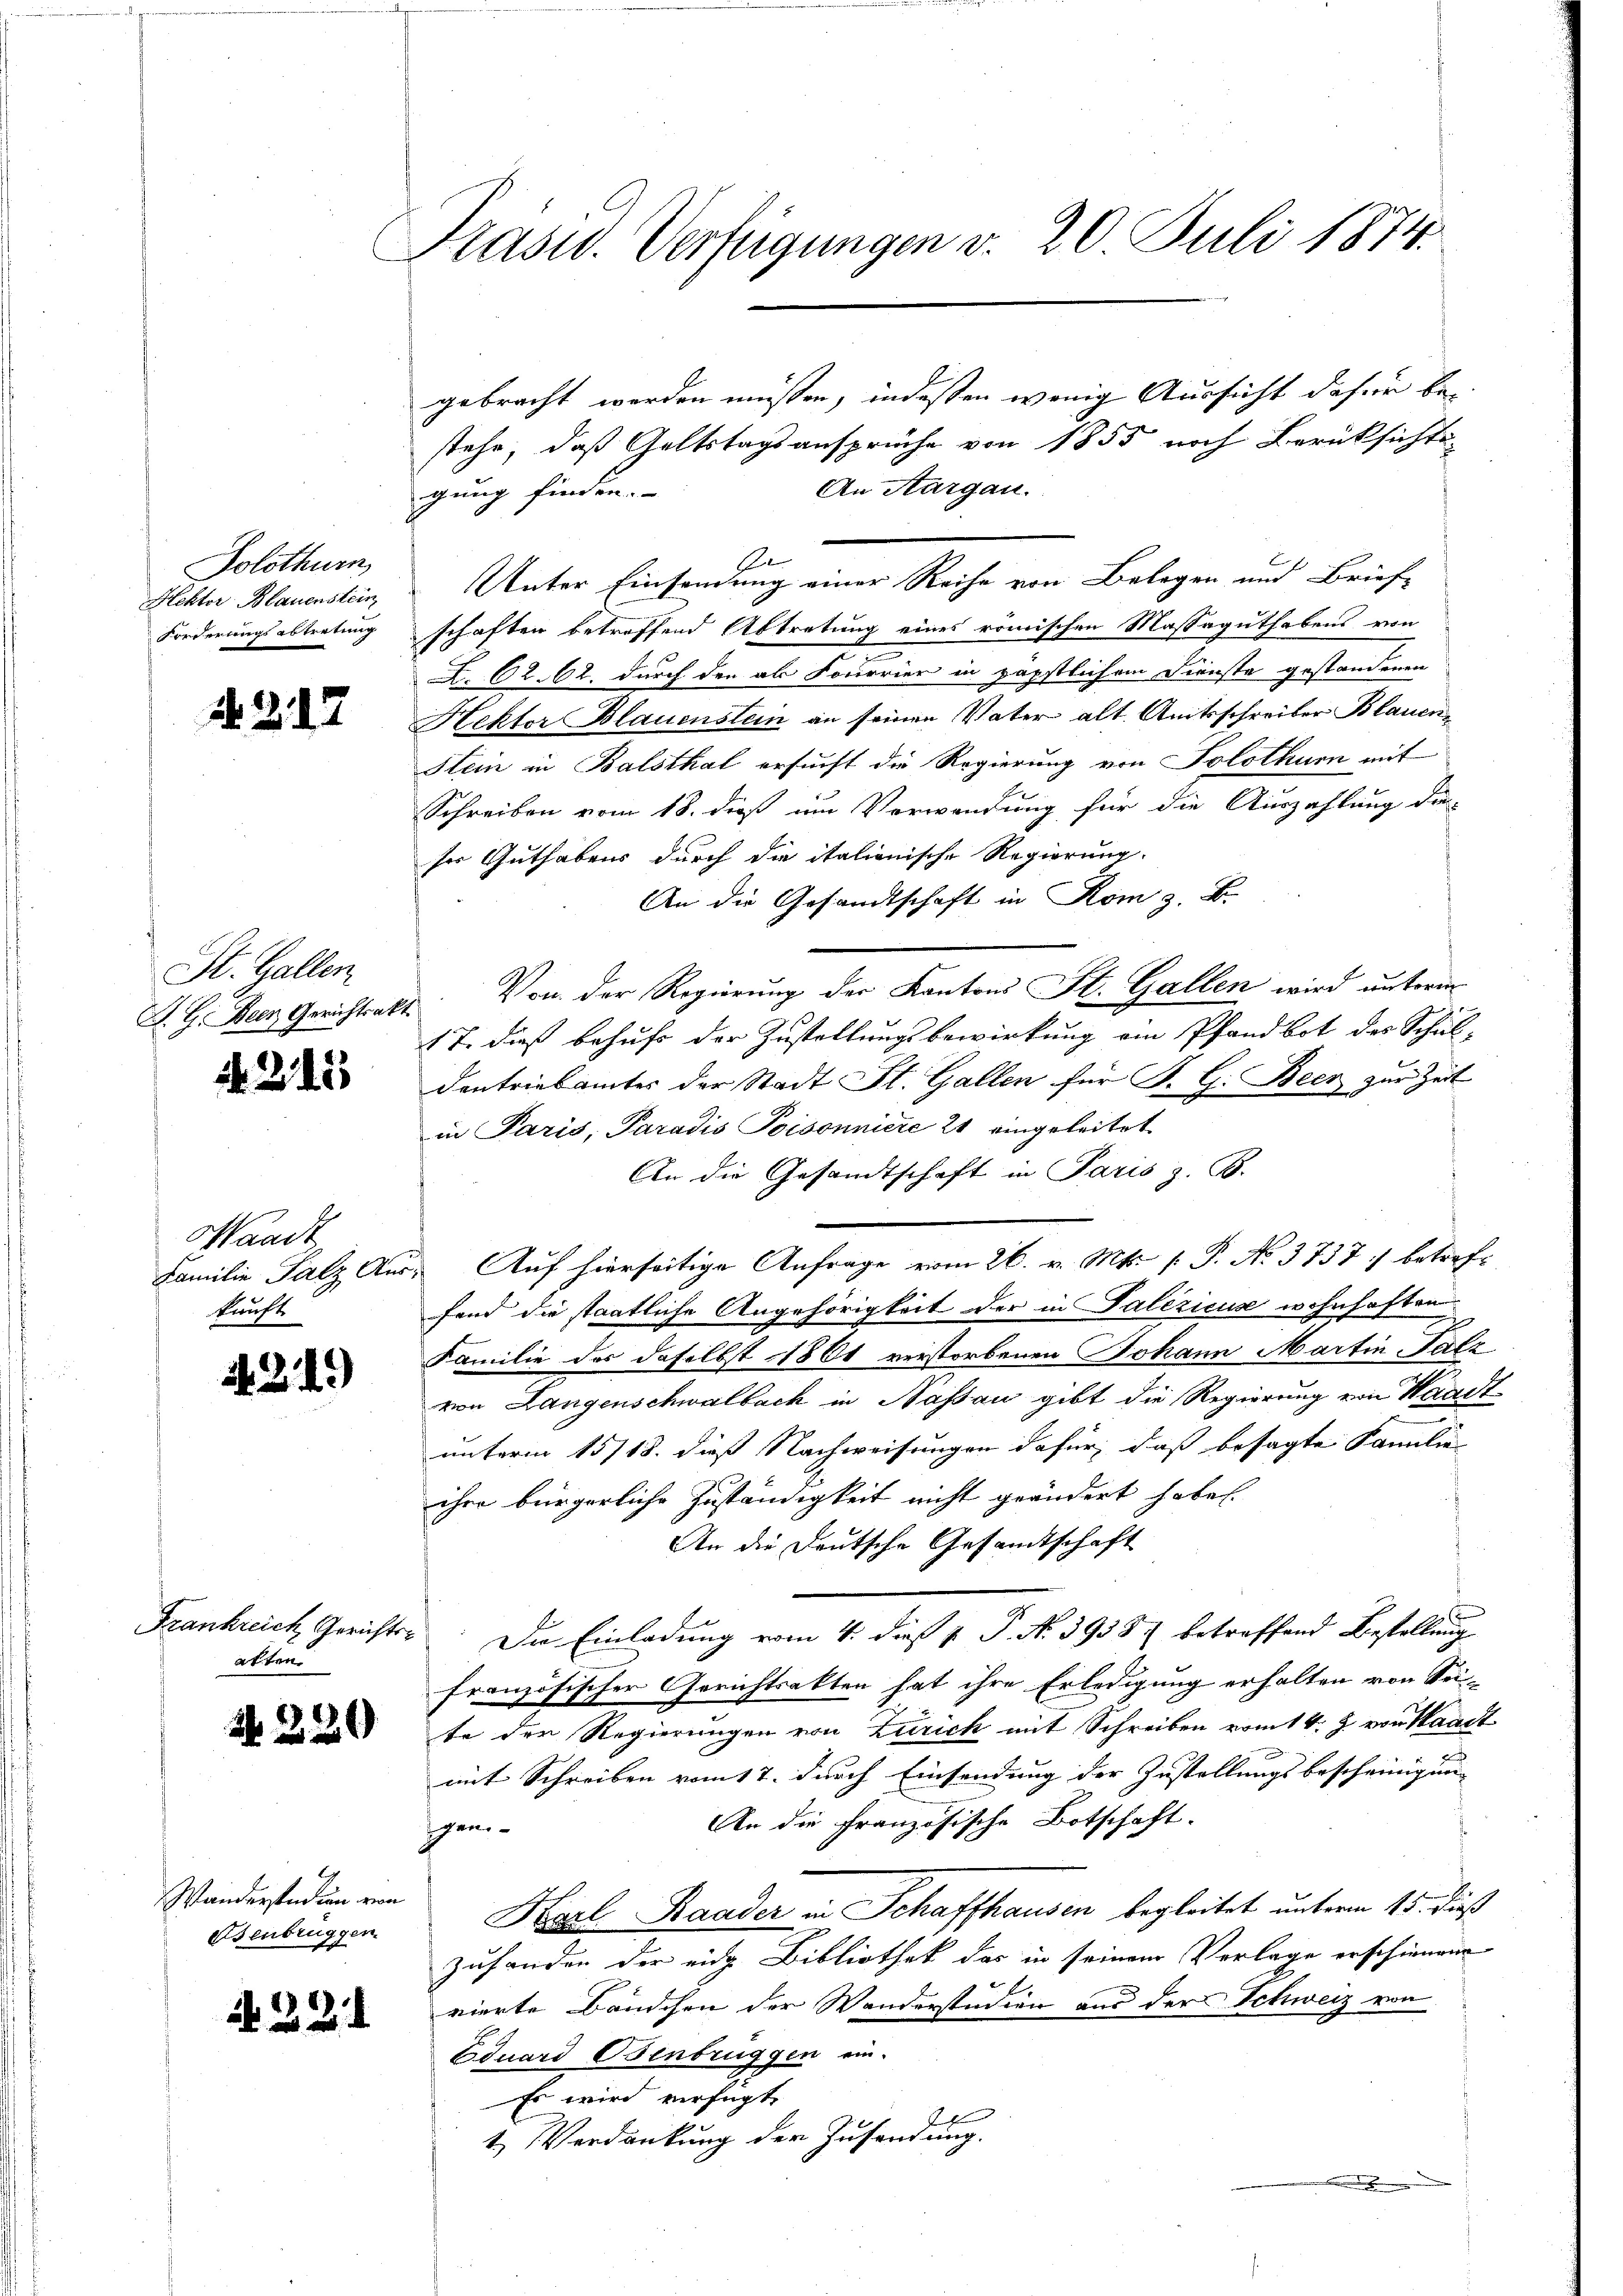
4. 217

Solothurn
Hektor Blauenstein
Forderungsabtretung

St. Gallen
A. G. Dein Gerichtsakt.

N 215

Waadt
kunft

249)

atten.

242. 20

Wanderstadin von
eisenbrüggen

324

Präsid. Verfügungen v. 20. Juli 1874.

gebracht werden müssen, indessen wenig Aussicht dafür be-
stehe, daß Geltstagsansprüche von 1855 noch Berücksichts¬
An Aargau.
gung finden.
b
Unter Einsendung einer Reihe von Belegen und Brief-
schaften betreffend Abtretung eines römischen Massaguthabens von
L. 62. 62. durch den als Fourrier in päpstlichem Dienste gestandenen
Hektor Blauenstein an seinen Vater alt. Amtsschreiber Blauen¬
Slein in Balsthal ersucht die Regierung von Solothurn mit
Schreiben vom 18. dieß um Verwendung für die Auszahlung die-
ser Guthabens durch die italienische Regierung.
An die Gesandtschaft in Rom z. B.
Von der Regierung der Kantons St. Gallen wird unterm
 7. dieß behufs der Zustallungsbewirkung ein Pfandbot der Schul-
Dentriebamtes der Stadt St. Gallen für F. C. Beck zur Zeit
in Paris, Paradis Poisonniere 21 eingeleitet
An die Gesandtschaft in Paris z. B.
Familie Salz Aus Auf hierseitige Anfrage vom 26. v. Mts. [ P. No. 3737 :/ betreffand die staatliche Angehörigkeit der in Palezicus wohnhaften
Familie der daselbst 1861 verstorbenen Johann Martin-Falz
von Langenschwalbach in Nassau gibt die Regierung von Waadt-
unterm 15/18. dieß Nachweisungen dafür, daß besagte Familie
ihre bürgerliche Zuständigkeit nicht geändert habe.
An die Deutsche Gesandtschaft
Frankreich Gerichter. Die Einladung vom 4. dieß P. P. N. 3938 betreffend Bestellung
französischer Gerichtsakten hat ihre Erledigung erhalten von Sei-
te der Regierungen von Zürich mit Schreiben vom 14. J. von Waadt
mit Schreiben vom 17. durch Einsendung der Zustellungsbescheinigung
An die französische Botschaft.
gem¬
Karl Raader in Schaffhausen begleitet unterm 15. dieß
zufanden der ein Bibliothek das in seinem Verlage erschienen
x
vierte Bändchen der Wanderstudien aus der Schweiz von
Eduard Benbrüggen ein-
Es wird verfügt
.
1.) Verdankung der Zusendung.